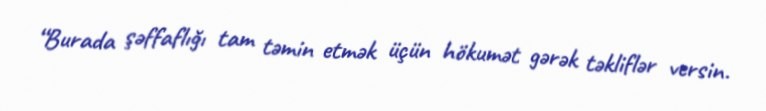
“Burada şəffaflığı tam təmin etmək üçün hökumət gərək təkliflər versin.